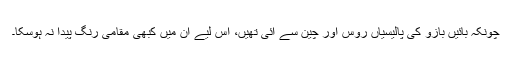
چونکہ بائیں بازو کی پالیسیاں روس اور چین سے آئی تھیں، اس لیے ان میں کبھی مقامی رنگ پیدا نہ ہوسکا۔